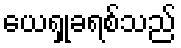
ယေရှုခရစ်သည်